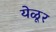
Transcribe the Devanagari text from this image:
येळूर